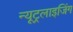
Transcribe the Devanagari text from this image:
न्यूट्रलाइजिंग